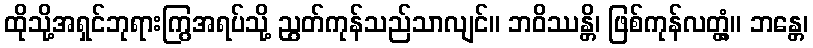
ထိုသို့အရှင်ဘုရားကြွအရပ်သို့ ညွတ်ကုန်သည်သာလျင်။ ဘဝိဿန္တိ၊ ဖြစ်ကုန်လတ္တံ့။ ဘန္တေ၊